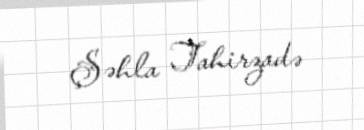
Şəhla Tahirzadə